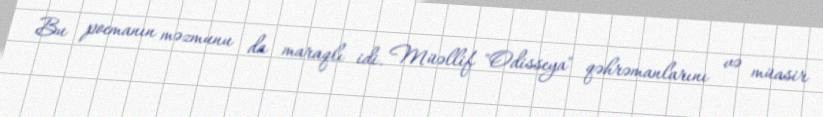
Bu poemanın məzmunu da maraqlı idi. Müəllif "Odisseya" qəhrəmanlarını və müasir